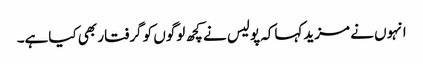
انہوں نے مزیدکہاکہ پولیس نے کچھ لوگوں کو گرفتار بھی کیاہے۔